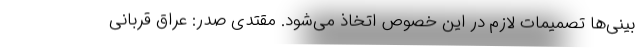
‌بینی‌ها تصمیمات لازم در این خصوص اتخاذ می‌شود. مقتدی صدر: عراق قربانی